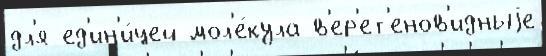
дл'я ед'ин'и́цей мол'е́кула в'ер'ет'енов'идныjе